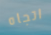
اتجاه